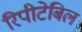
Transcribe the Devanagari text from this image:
रिपीटेबिल